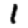
Digit: 1